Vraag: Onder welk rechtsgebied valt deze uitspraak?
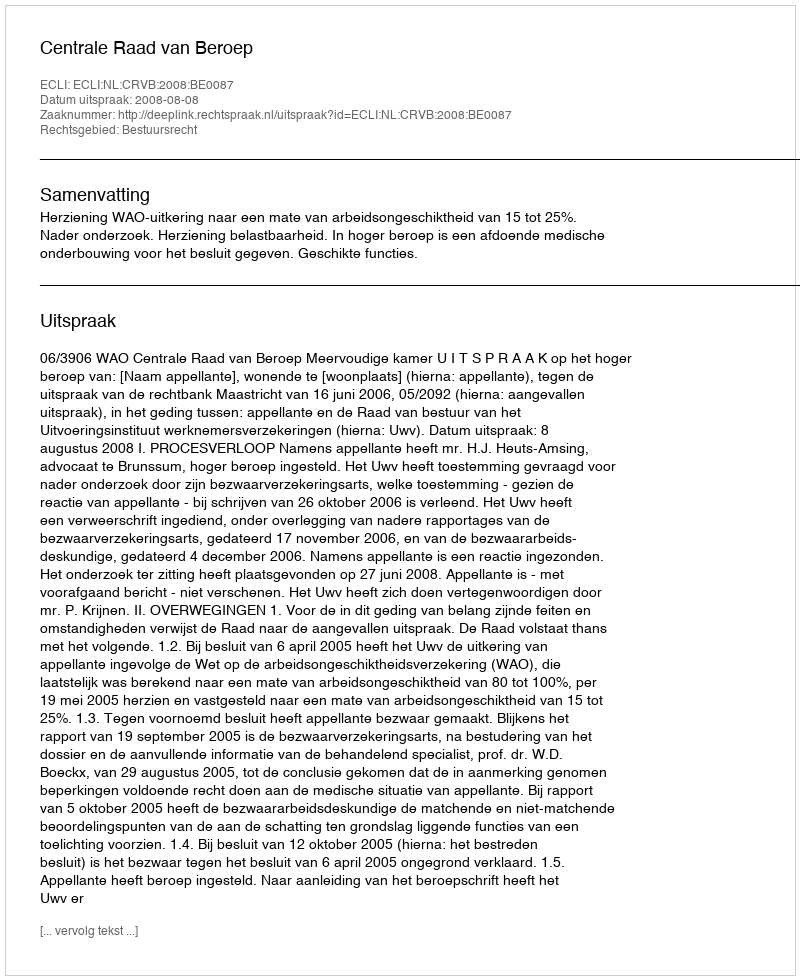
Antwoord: Bestuursrecht